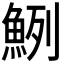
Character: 𩶽